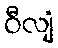
ဝီလျံ